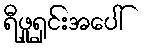
ရီဖူရှင်းအပေါ်